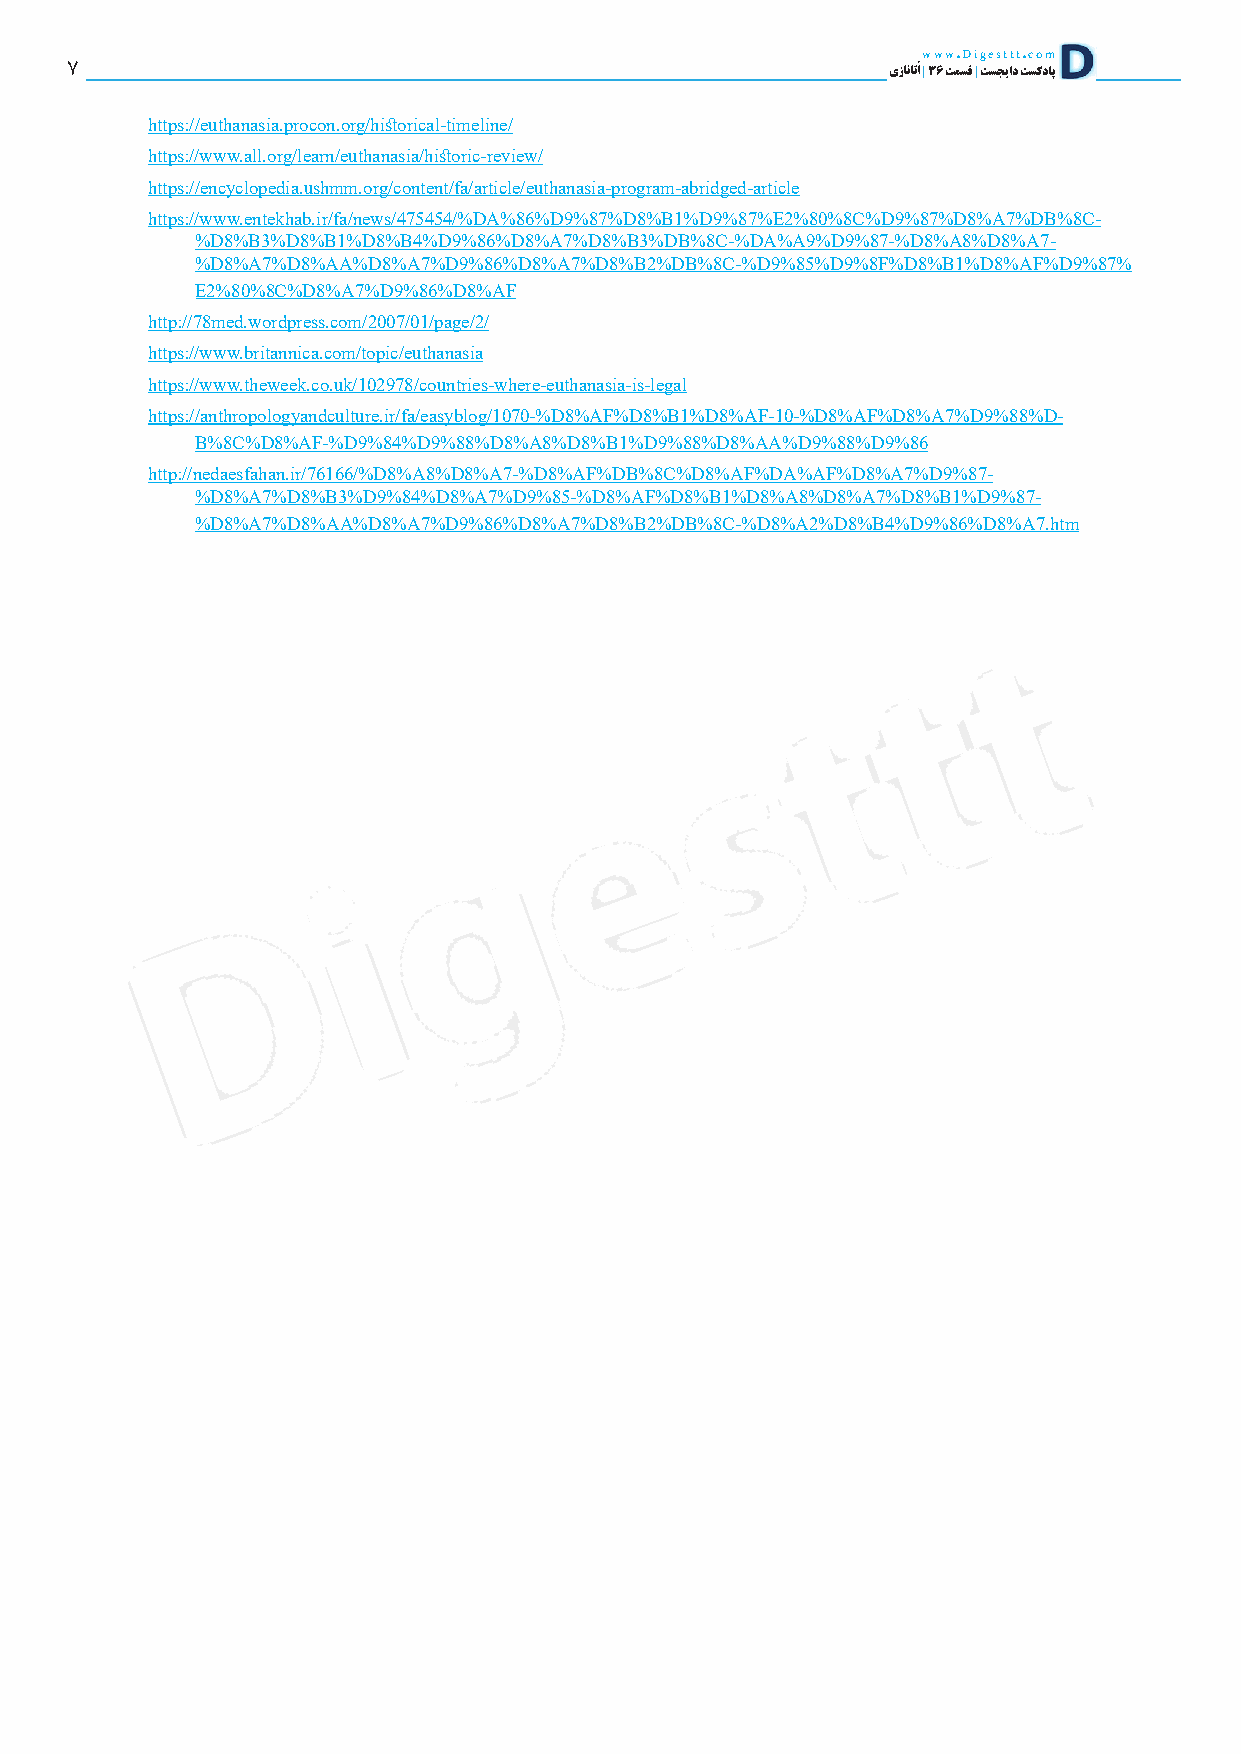
www.Digesttt.com
 7                                                      یزاناتاُ | 36 تمسق | تسجیاد تسکداپ
 https://euthanasia.procon.org/historical-timeline/
 https://www.all.org/learn/euthanasia/historic-review/
 https://encyclopedia.ushmm.org/content/fa/article/euthanasia-program-abridged-article
 https://www.entekhab.ir/fa/news/475454/%DA%86%D9%87%D8%B1%D9%87%E2%80%8C%D9%87%D8%A7%DB%8C-
 %D8%B3%D8%B1%D8%B4%D9%86%D8%A7%D8%B3%DB%8C-%DA%A9%D9%87-%D8%A8%D8%A7-
 %D8%A7%D8%AA%D8%A7%D9%86%D8%A7%D8%B2%DB%8C-%D9%85%D9%8F%D8%B1%D8%AF%D9%87%
 E2%80%8C%D8%A7%D9%86%D8%AF
 http://78med.wordpress.com/2007/01/page/2/
 https://www.britannica.com/topic/euthanasia
 https://www.theweek.co.uk/102978/countries-where-euthanasia-is-legal
 https://anthropologyandculture.ir/fa/easyblog/1070-%D8%AF%D8%B1%D8%AF-10-%D8%AF%D8%A7%D9%88%D-
 B%8C%D8%AF-%D9%84%D9%88%D8%A8%D8%B1%D9%88%D8%AA%D9%88%D9%86
 http://nedaesfahan.ir/76166/%D8%A8%D8%A7-%D8%AF%DB%8C%D8%AF%DA%AF%D8%A7%D9%87-
 %D8%A7%D8%B3%D9%84%D8%A7%D9%85-%D8%AF%D8%B1%D8%A8%D8%A7%D8%B1%D9%87-
 %D8%A7%D8%AA%D8%A7%D9%86%D8%A7%D8%B2%DB%8C-%D8%A2%D8%B4%D9%86%D8%A7.htm